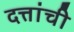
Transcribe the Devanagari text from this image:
दत्तांची